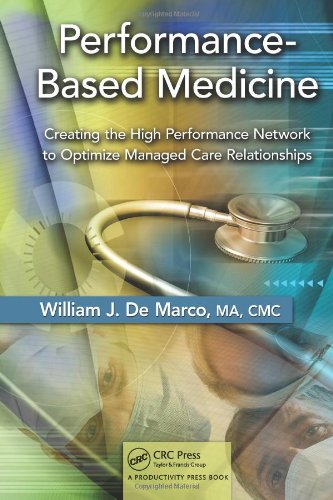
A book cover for Performance-Based Medicine: Creating the High Performance Network to Optimize Managed Care Relationships; William J. De Marco  MA  CMC; Medical Books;